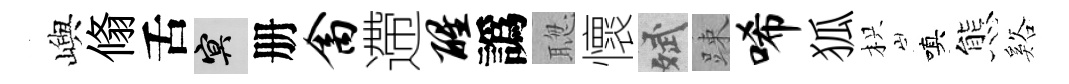
嶼翛舌冥册禽遰醒譌聦懷斌踈唏狐枳嗔態谿